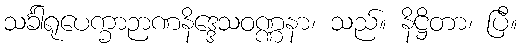
သင်္ခါရုပေက္ခာဉာဏနိဒ္ဒေသဝဏ္ဏနာ၊ သည်။ နိဋ္ဌိတာ၊ ပြီ။